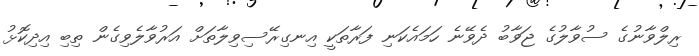
ރިލްވާނުގެ ސުވާލުގެ ޖަވާބު ދެވޭނެ ހަމައެކަނި ފަރާތަކީ އިނގިރޭސިވިލާތަށް އަރުވާލެވިގެން ތިބި އިދިކޮޅު